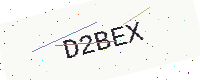
Text: D2BEX